system: You are a helpful assistant.
user:
Analyze the provided spectrum to determine if it is a **"Cataclysmic Variables (CV)"**.

- **Key Indicators for CV (Check for either state):**
    - **State 1: Quiescent / Low-State (Emission-Dominated)**
        - **(Primary):** Strong and *very broad* Hydrogen Balmer emission lines (e.g., $H\alpha$ at 6563 Å, $H\beta$ at 4861 Å). The 'broadness' (high velocity dispersion, often FWHM > 1000 km/s) is the key diagnostic, indicating a high-velocity accretion disk.
        - **(Secondary):** Broad neutral Helium (He I) emission lines (e.g., 5876 Å, 6678 Å).
        - **(Key Confirmation):** Presence of high-excitation *ionized* Helium (He II) emission at 4686 Å. This is a strong indicator of accretion onto a white dwarf.
        - **(Line Profile):** Emission lines may exhibit a 'double-peaked' profile, which is a classic signature of a rotating accretion disk viewed at high inclination.

    - **State 2: Outburst / High-State (Absorption-Dominated)**
        - **(Primary):** Spectrum is dominated by a bright, blue continuum (looks like a hot star).
        - **(Secondary):** The emission lines from State 1 are weak, absent, or 'filled in', and are replaced by broad, shallow *absorption* lines (primarily Balmer and He I).
        - **(Morphology):** The overall spectrum mimics a hot B/A-type star. The crucial difference is that the absorption lines are significantly broader, shallower, and more 'washed-out' (or 'smeared') than the sharp lines of a normal stellar photosphere, due to high rotational speeds and pressure broadening in the disk.

Think first, call **spectral_visualization_tool** if needed to examine features in detail, then provide your final answer. Your response must adhere to the following strict rules:
1.  **Overall Structure:** Your response must follow the format `<think>...</think> <tool_call>...</tool_call> (if a tool is used) <answer>...</answer>`.
2.  **Tool Usage Constraint:** You may only make **one** tool call per turn.
3.  **Final Answer Format:** In the `<answer>` tag, your conclusion must be inside a `\boxed{}` command (e.g., `\boxed{YES}`), followed by your justification.

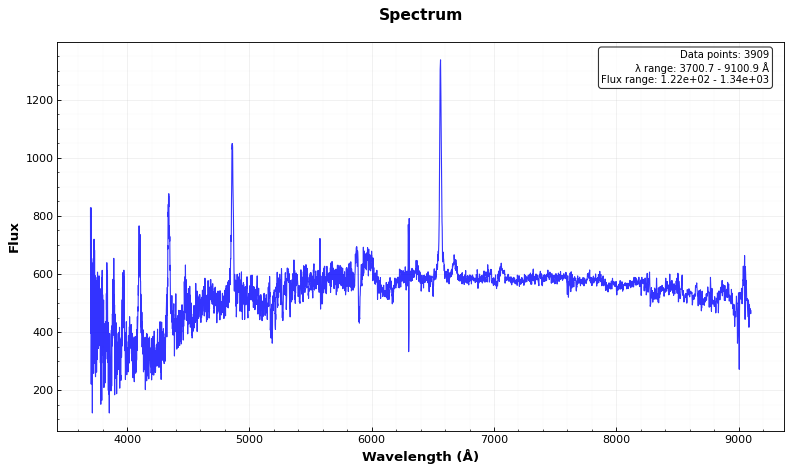
Answer: YES